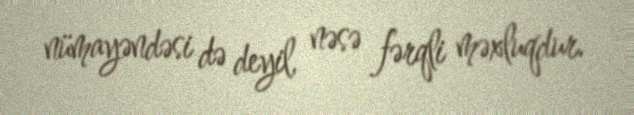
nümayəndəsi də deyil, nəsə fərqli məxluqdur.